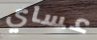
عساي